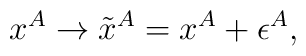
x^{A} \rightarrow \tilde{x}^{A} = x^{A} + \epsilon^{A},